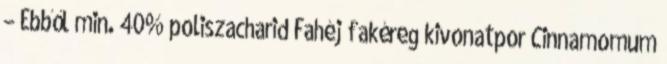
– Ebből min. 40% poliszacharid Fahéj fakéreg kivonatpor Cinnamomum